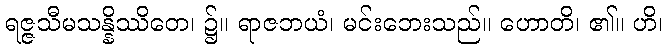
ရဇ္ဇသီမသန္နိဿိတေ၊ ၌။ ရာဇဘယံ၊ မင်းဘေးသည်။ ဟောတိ၊ ၏။ ဟိ၊